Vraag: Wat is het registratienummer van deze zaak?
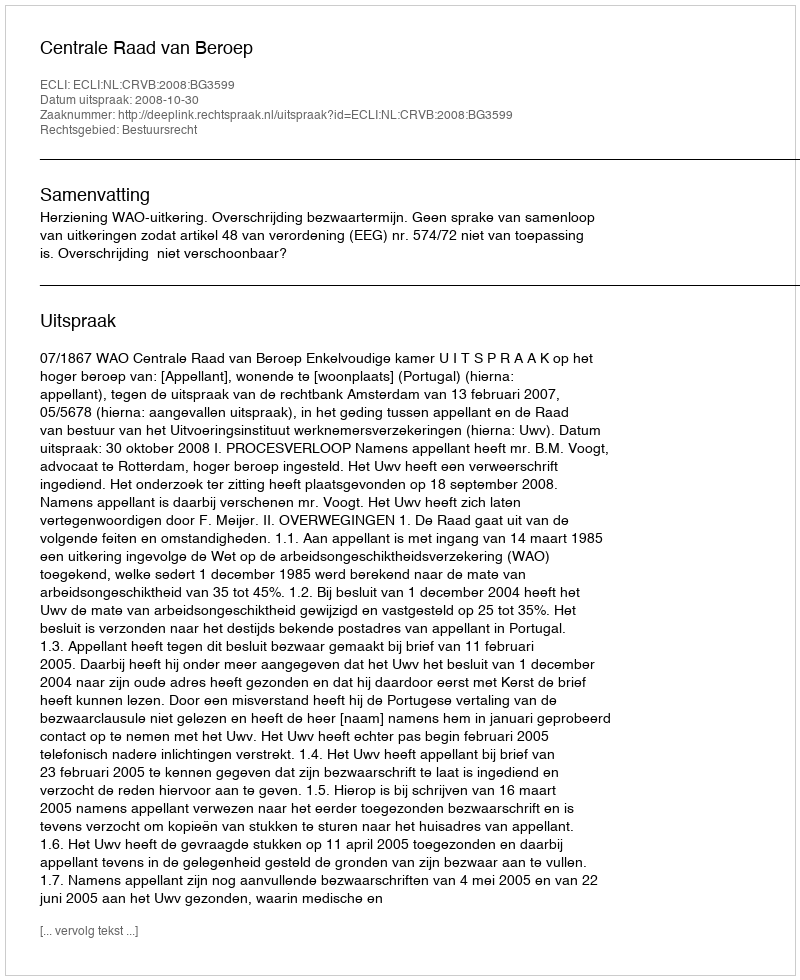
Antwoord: http://deeplink.rechtspraak.nl/uitspraak?id=ECLI:NL:CRVB:2008:BG3599